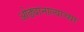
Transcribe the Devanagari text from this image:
ओढ्यानाल्याच्या